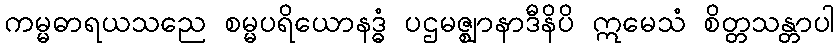
ကမ္မဓာရယသညေ စမ္မပရိယောနဒ္ဓံ ပဌမဇ္ဈာနာဒီနိပိ ဣမေသံ စိတ္တသန္တာပါ